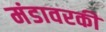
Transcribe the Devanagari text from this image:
मंडावरकी